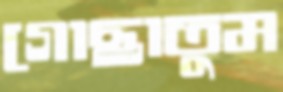
গোছাতুম